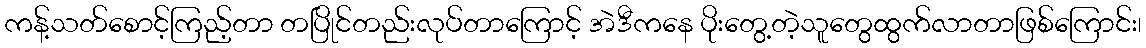
ကန့်သတ်စောင့်ကြည့်တာ တပြိုင်တည်းလုပ်တာကြောင့် အဲဒီကနေ ပိုးတွေ့တဲ့သူတွေထွက်လာတာဖြစ်ကြောင်း၊